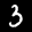
Label: 3